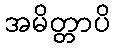
အမိတ္တာပိ